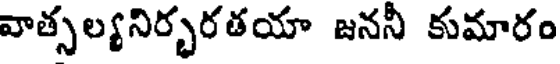
వాత్సల్యనిర్భరతయా జననీ కుమారం